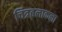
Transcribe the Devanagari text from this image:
चित्रबलाकला